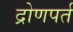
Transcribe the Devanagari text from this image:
द्रोणपर्त